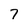
Character: 7